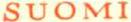
SUOMI